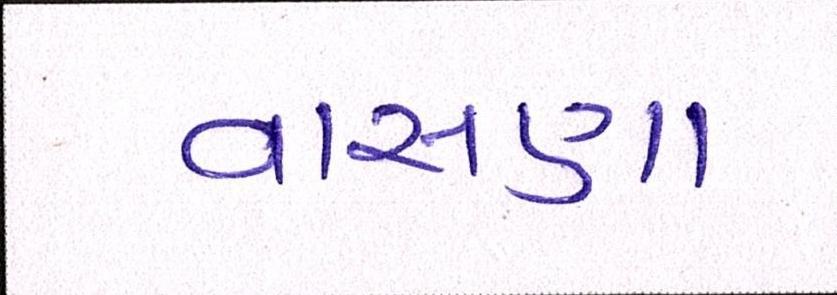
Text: વાસણા